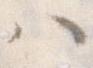
ハ